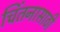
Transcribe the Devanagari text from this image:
चिंतनासाठी